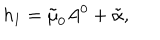
h _ { 1 } = \tilde { \mu } _ { 0 } A ^ { 0 } + \tilde { \alpha } ,